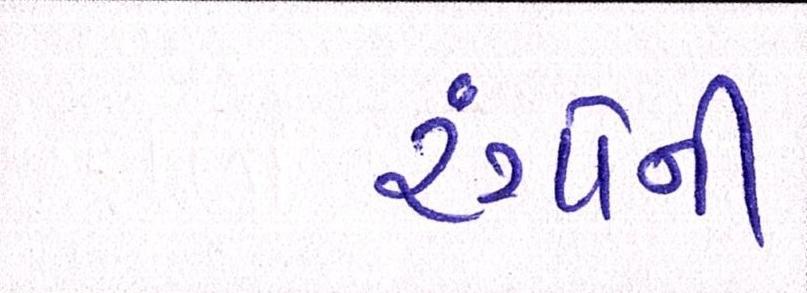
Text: રંગોની